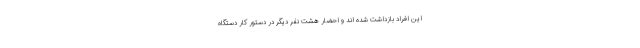
این افراد بازداشت شده اند و احضار هشت نفر دیگر در دستور کار دستگاه